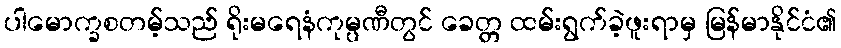
ပါမောက္ခစတမ့်သည် ရိုးမရေနံကုမ္ပဏီတွင် ခေတ္တ ထမ်းရွက်ခဲ့ဖူးရာမှ မြန်မာနိုင်ငံ၏